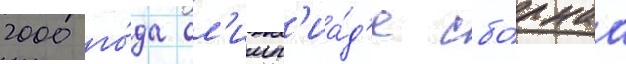
2000 го́да ол'имп'иа́д'е сбо́рнаа